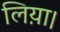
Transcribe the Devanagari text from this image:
लिय़ा।